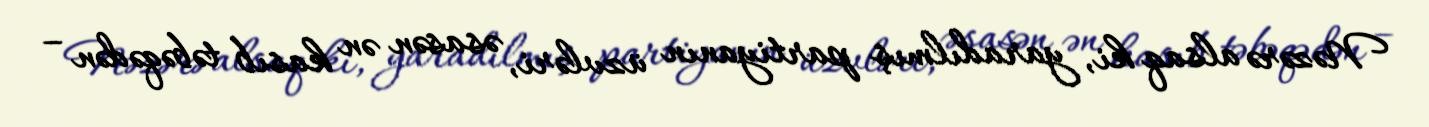
Nəzərə alsaq ki, yaradılmış partiyanın üzvləri, əsasən ən kasıb təbəqədən –